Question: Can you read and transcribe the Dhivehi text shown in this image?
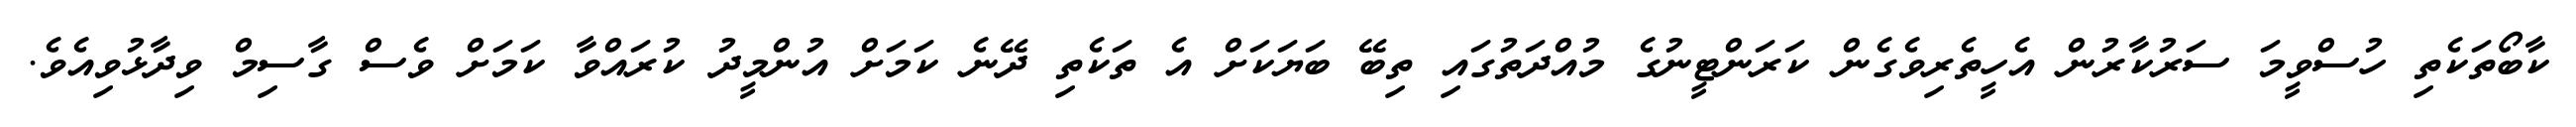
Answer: ކާބޯތަކެތި ހުސްވީމަ ސަރުކާރުން އެހީތެރިވެގެން ކަރަންޓީނުގެ މުއްދަތުގައި ތިބޭ ބަޔަކަށް އެ ތަކެތި ދޭނެ ކަމަށް އުންމީދު ކުރައްވާ ކަމަށް ވެސް ގާސިމް ވިދާޅުވިއެވެ.